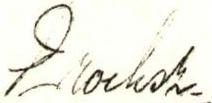
Broeksz